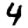
Digit: 4